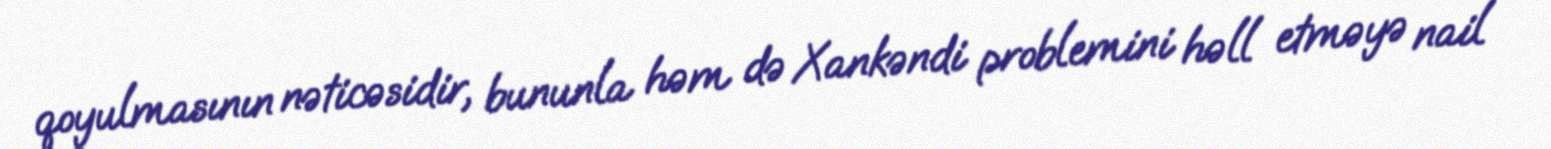
qoyulmasının nəticəsidir, bununla həm də Xankəndi problemini həll etməyə nail